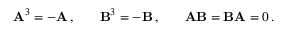
\begin{array} { r l r l r } { \mathbf { A } ^ { 3 } = - \mathbf { A } \, , } & { { } } & { \mathbf { B } ^ { 3 } = - \mathbf { B } \, , } & { { } } & { \mathbf { A } \mathbf { B } = \mathbf { B } \mathbf { A } = 0 \, . } \end{array}